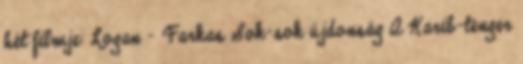
hét filmje: Logan – Farkas Sok-sok újdonság A Karib-tenger